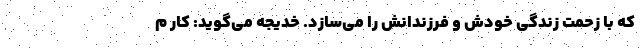
که با زحمت زندگی خودش و فرزندانش را می‌سازد. خدیجه می‌گوید: کار م